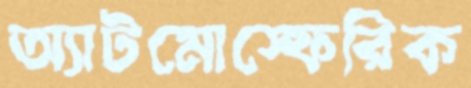
অ্যাটমোস্ফেরিক